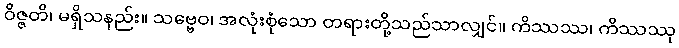
ဝိဇ္ဇတိ၊ မရှိသနည်း။ သဗ္ဗေဝ၊ အလုံးစုံသော တရားတို့သည်သာလျှင်။ ကိဿဿ၊ ကိဿဿု